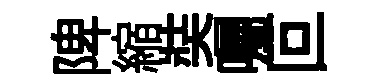
陴縮奘囑叵